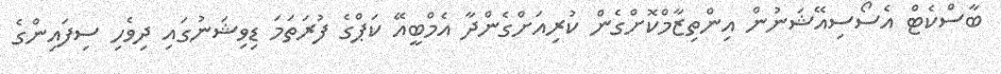
ބާސްކެޓް އެސޯސިއޭޝަނުން އިންތިޒާމްކޮށްގެން ކުރިއަށްގެންދާ އެމްބީއޭ ކަޕްގެ ފުރަތަމަ ޑިވިޝަނުގައި ދިވެހި ސިފައިންގެ